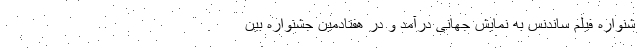
شنواره فیلم ساندنس به نمایش جهانی درآمد و در هفتادمین جشنواره بین